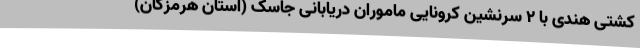
کشتی هندی با 2 سرنشین کرونایی ماموران دریابانی جاسک (استان هرمزگان)